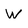
Character: W